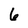
Character: 6